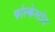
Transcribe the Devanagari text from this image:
फोल्केस्टोन